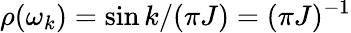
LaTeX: \rho(\omega_{k})=\sin{k}/(\pi J)=(\pi J)^{-1}